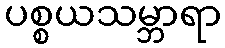
ပစ္စယသမ္ဘာရာ